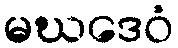
မဃဒေဝံ